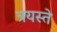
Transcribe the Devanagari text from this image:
त्रयस्ते